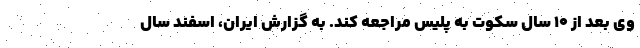
وی بعد از ۱۰ سال سکوت به پلیس مراجعه کند. به گزارش ایران، اسفند سال